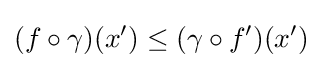
(f\circ \gamma )(x')\leq (\gamma \circ f')(x')